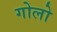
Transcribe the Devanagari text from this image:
गोलो